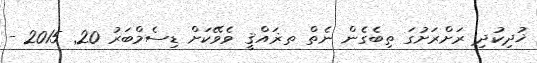
ޚުދިކުދި ރަށްރަށުގަ ތިބެގެން ނެތް ތޜައްޤީ ވެވޭކަށް ޑިސެމްބަރު 20